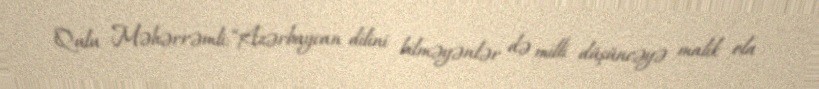
Qulu Məhərrəmli: “Azərbaycan dilini bilməyənlər də milli düşüncəyə malik ola